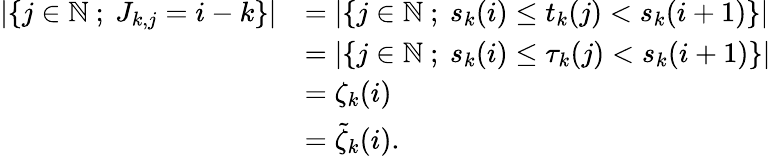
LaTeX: \begin{array}{rl}{\left|\left\{ j\in{\mathbb{N}}\ ;\ J_{k,j}=i-k\right\} \right|}&{=\left|\left\{ j\in{\mathbb{N}}\ ;\ s_{k}(i)\le t_{k}(j)<s_{k}(i+1)\right\} \right|}\\ &{=\left|\left\{ j\in{\mathbb{N}}\ ;\ s_{k}(i)\le\tau_{k}(j)<s_{k}(i+1)\right\} \right|}\\ &{=\zeta_{k}(i)}\\ &{=\tilde{\zeta}_{k}(i).}\end{array}